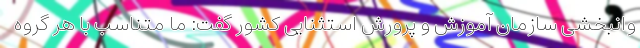
وانبخشی سازمان آموزش و پرورش استثنایی کشور گفت: ما متناسب با هر گروه